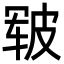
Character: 皲